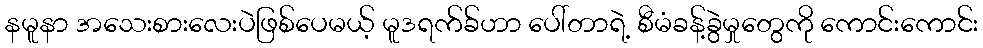
နမူနာ အသေးစားလေးပဲဖြစ်ပေမယ့် မူဒရက်ခ်ဟာ ပေါ်တာရဲ့ စီမံခန့်ခွဲမှုတွေကို ကောင်းကောင်း